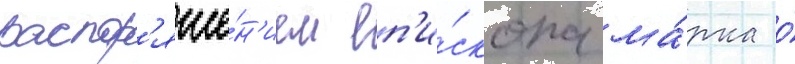
распор'яже́н'ием еп'и́скопа ма́рка о́